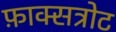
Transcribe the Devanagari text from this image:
फ़ाक्सत्रोट